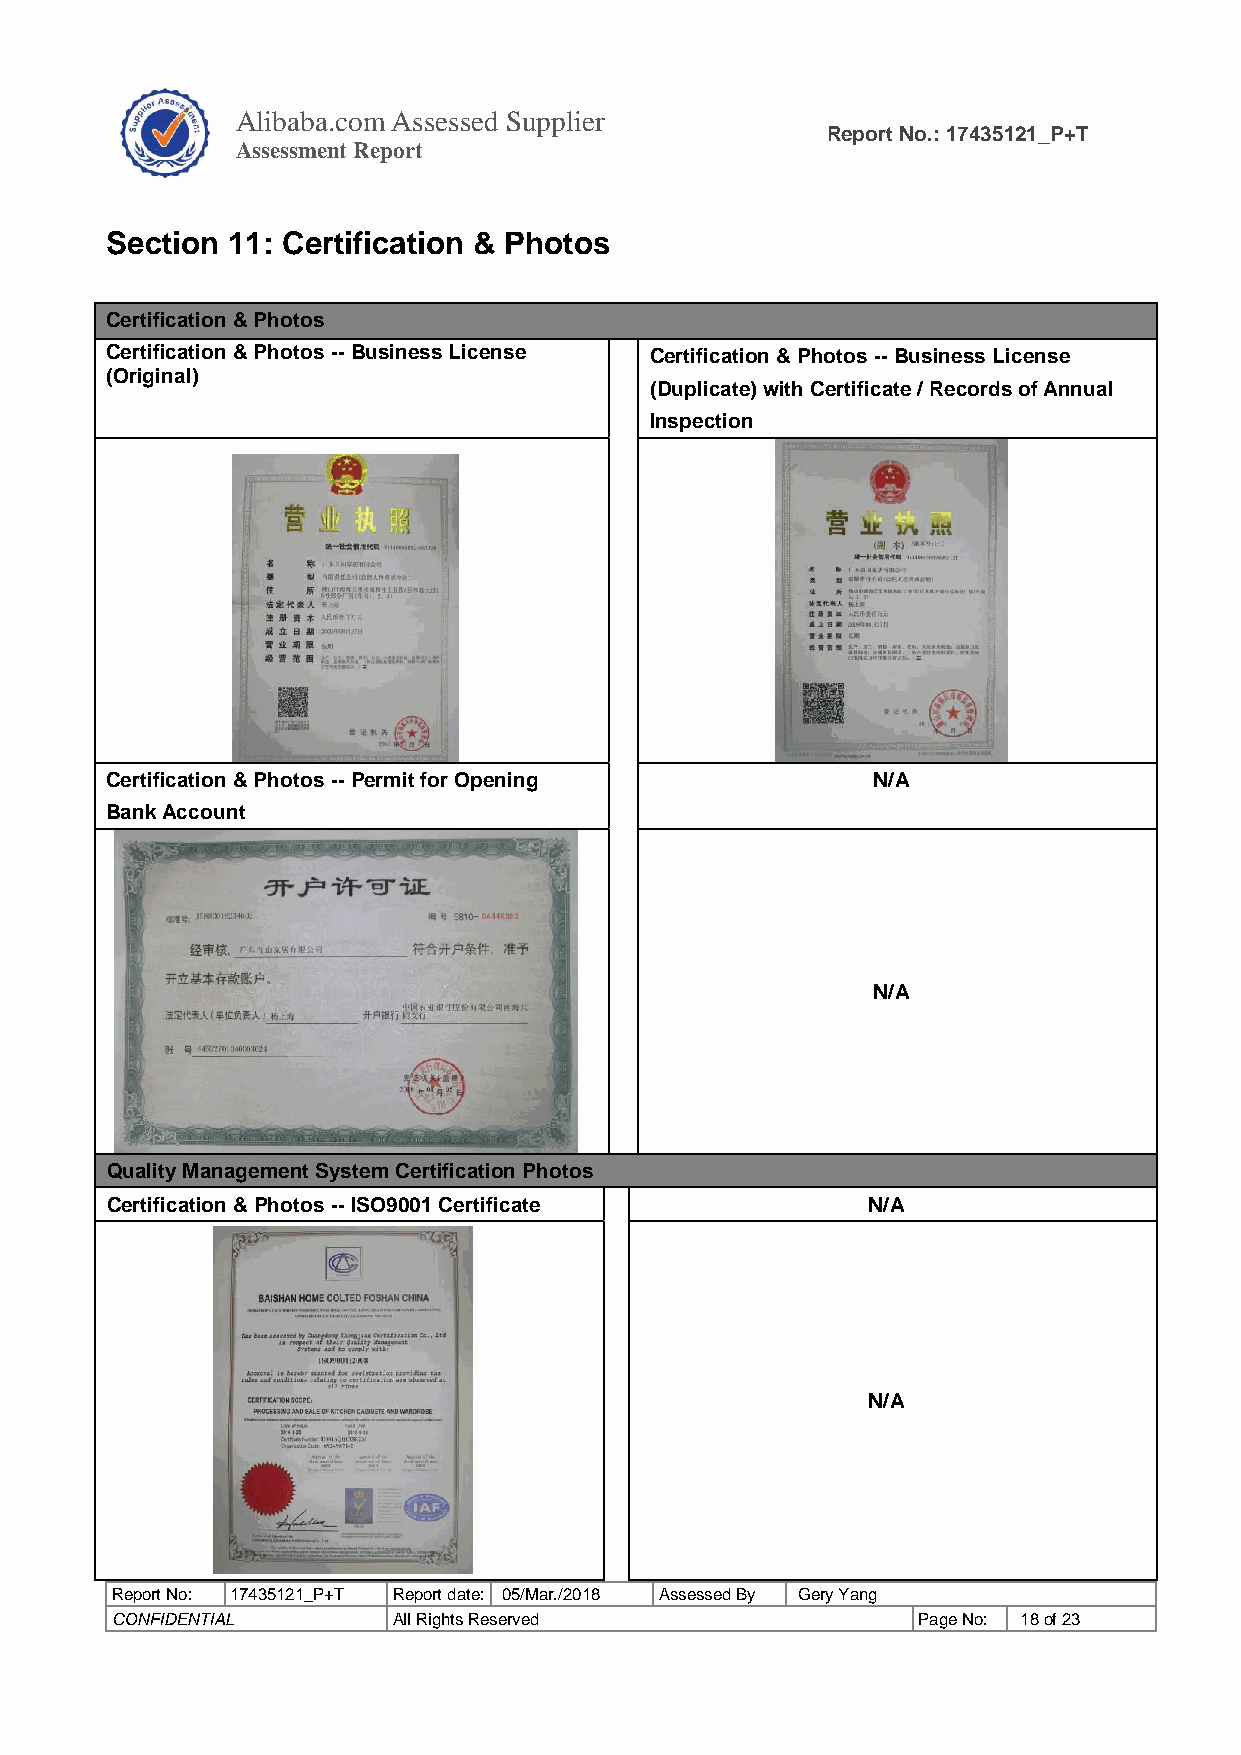
Alibaba.com Assessed Supplier
 Report No.: 17435121_P+T
 As sessment Report
 Section 11: Certification & Photos
 Certification & Photos
 Certification & Photos -- Business License Certification & Photos -- Business License
 (Original)
 (Duplicate) with Certificate / Records of Annual
 Inspection
 Certification & Photos -- Permit for Opening       N/A
 Bank Account
 N/A
 Quality Management System Certification Photos
 Certification & Photos -- ISO9001 Certificate     N/A
 N/A
 Report No: 17435121_P+T Report date: 05/Mar./2018 Assessed By Gery Yang
 CONFIDENTIAL       All Rights Reserved                Page No: 18 of 23